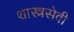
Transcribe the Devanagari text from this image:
शास्त्रसेवी